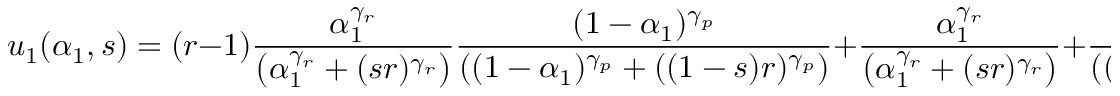
u _ { 1 } ( \alpha _ { 1 } , s ) = ( r - 1 ) \frac { \alpha _ { 1 } ^ { \gamma _ { r } } } { \left( \alpha _ { 1 } ^ { \gamma _ { r } } + ( s r ) ^ { \gamma _ { r } } \right) } \frac { ( 1 - \alpha _ { 1 } ) ^ { \gamma _ { p } } } { \left( ( 1 - \alpha _ { 1 } ) ^ { \gamma _ { p } } + ( ( 1 - s ) r ) ^ { \gamma _ { p } } \right) } + \frac { \alpha _ { 1 } ^ { \gamma _ { r } } } { \left( \alpha _ { 1 } ^ { \gamma _ { r } } + ( s r ) ^ { \gamma _ { r } } \right) } + \frac { ( 1 - \alpha _ { 1 } ) ^ { \gamma _ { p } } } { \left( ( 1 - \alpha _ { 1 } ) ^ { \gamma _ { p } } + ( ( 1 - s ) r ) ^ { \gamma _ { p } } \right) }